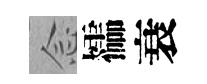
𫝹櫺衰